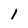
Character: 1